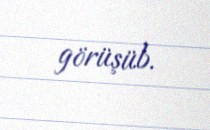
görüşüb.